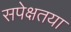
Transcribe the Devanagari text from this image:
सपेक्षतया